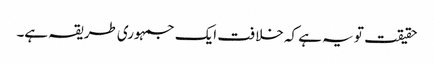
حقیقت تو یہ ہے کہ خلافت ایک جمہوری طریقہ ہے۔